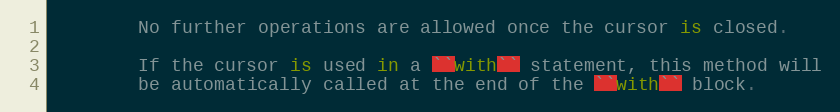
Language: Python
        No further operations are allowed once the cursor is closed.

        If the cursor is used in a ``with`` statement, this method will
        be automatically called at the end of the ``with`` block.